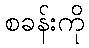
စခန်းကို